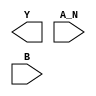
/**
 * Copyright 2020 The SkyWater PDK Authors
 *
 * Licensed under the Apache License, Version 2.0 (the "License");
 * you may not use this file except in compliance with the License.
 * You may obtain a copy of the License at
 *
 *     https://www.apache.org/licenses/LICENSE-2.0
 *
 * Unless required by applicable law or agreed to in writing, software
 * distributed under the License is distributed on an "AS IS" BASIS,
 * WITHOUT WARRANTIES OR CONDITIONS OF ANY KIND, either express or implied.
 * See the License for the specific language governing permissions and
 * limitations under the License.
 *
 * SPDX-License-Identifier: Apache-2.0
 */

`ifndef SKY130_FD_SC_HDLL__NAND2B_BLACKBOX_V
`define SKY130_FD_SC_HDLL__NAND2B_BLACKBOX_V

/**
 * nand2b: 2-input NAND, first input inverted.
 *
 * Verilog stub definition (black box without power pins).
 *
 * WARNING: This file is autogenerated, do not modify directly!
 */

`timescale 1ns / 1ps
`default_nettype none

(* blackbox *)
module sky130_fd_sc_hdll__nand2b (
    Y  ,
    A_N,
    B
);

    output Y  ;
    input  A_N;
    input  B  ;

    // Voltage supply signals
    supply1 VPWR;
    supply0 VGND;
    supply1 VPB ;
    supply0 VNB ;

endmodule

`default_nettype wire
`endif  // SKY130_FD_SC_HDLL__NAND2B_BLACKBOX_V